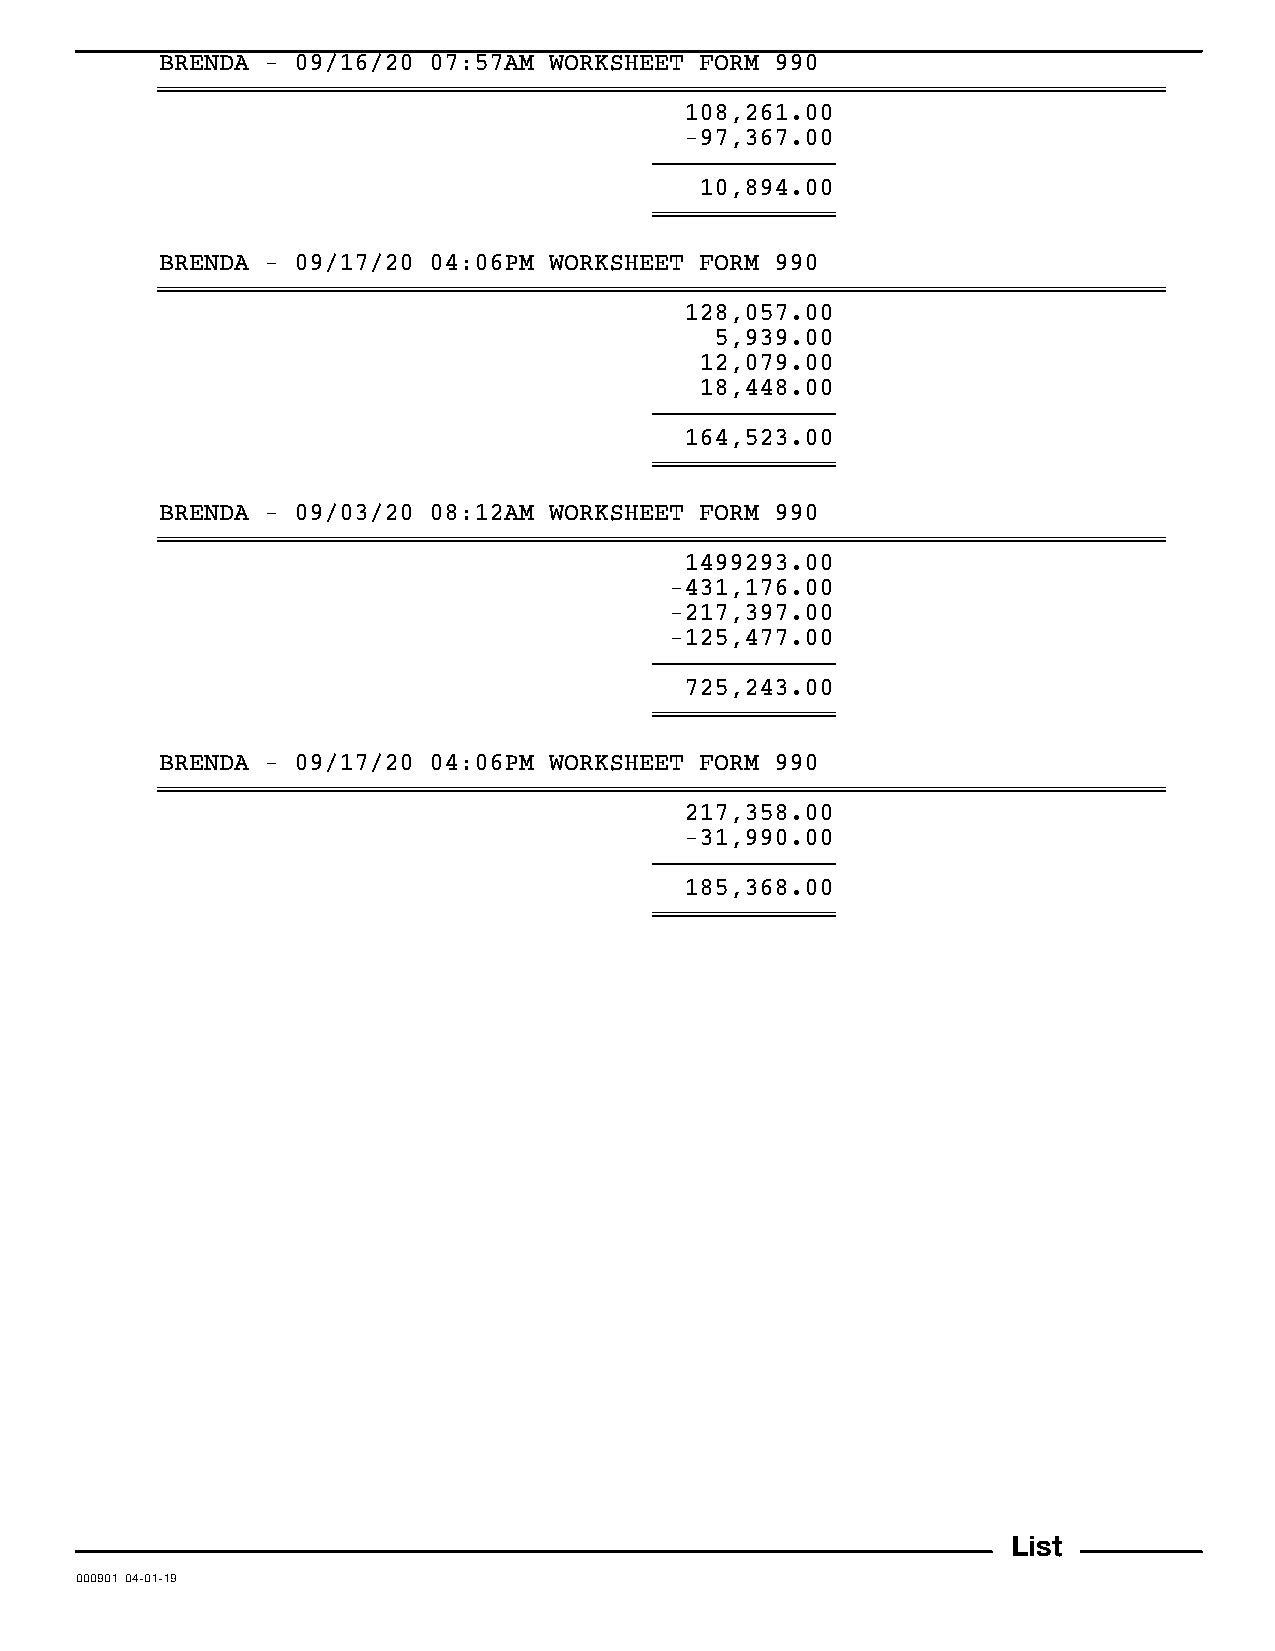
BRENDA - 09/16/20 07:57AM WORKSHEET FORM 990
 ~~~~~~~~~~~~~~~~~~~~~~~~~~~~~~~~~~~~~~~~~~~~~~~~~~~~~~~~~~~~~~~~~~~
 108,261.00
 -97,367.00
 }}}}}}}}}}}}
 10,894.00
 ~~~~~~~~~~~~
 BRENDA - 09/17/20 04:06PM WORKSHEET FORM 990
 ~~~~~~~~~~~~~~~~~~~~~~~~~~~~~~~~~~~~~~~~~~~~~~~~~~~~~~~~~~~~~~~~~~~
 128,057.00
 5,939.00
 12,079.00
 18,448.00
 }}}}}}}}}}}}
 164,523.00
 ~~~~~~~~~~~~
 BRENDA - 09/03/20 08:12AM WORKSHEET FORM 990
 ~~~~~~~~~~~~~~~~~~~~~~~~~~~~~~~~~~~~~~~~~~~~~~~~~~~~~~~~~~~~~~~~~~~
 1499293.00
 -431,176.00
 -217,397.00
 -125,477.00
 }}}}}}}}}}}}
 725,243.00
 ~~~~~~~~~~~~
 BRENDA - 09/17/20 04:06PM WORKSHEET FORM 990
 ~~~~~~~~~~~~~~~~~~~~~~~~~~~~~~~~~~~~~~~~~~~~~~~~~~~~~~~~~~~~~~~~~~~
 217,358.00
 -31,990.00
 }}}}}}}}}}}}
 185,368.00
 ~~~~~~~~~~~~
 List
 000901 04-01-19